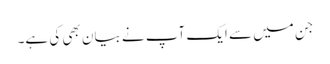
جن میں‌ سے ایک آپ نے بیان بھی کی ہے۔